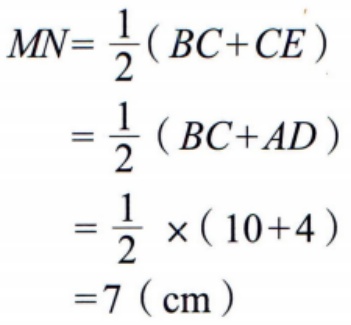
\[
\begin{align*}
MN&=\frac{1}{2}(BC + CE)\\
&=\frac{1}{2}(BC + AD)\\
&=\frac{1}{2}\times(10 + 4)\\
&=7(\text{cm})
\end{align*}
\]